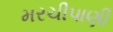
મરચીપાણી